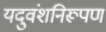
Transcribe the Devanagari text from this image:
यदुवंशनिरूपण